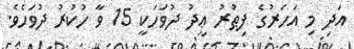
އަދި މި އަހަރުގެ ފިޠުރު ޢީދު ދުވަހަކީ 15 ވާ ހުކުރު ދުވަހެވެ.